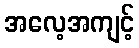
အလေ့အကျင့်